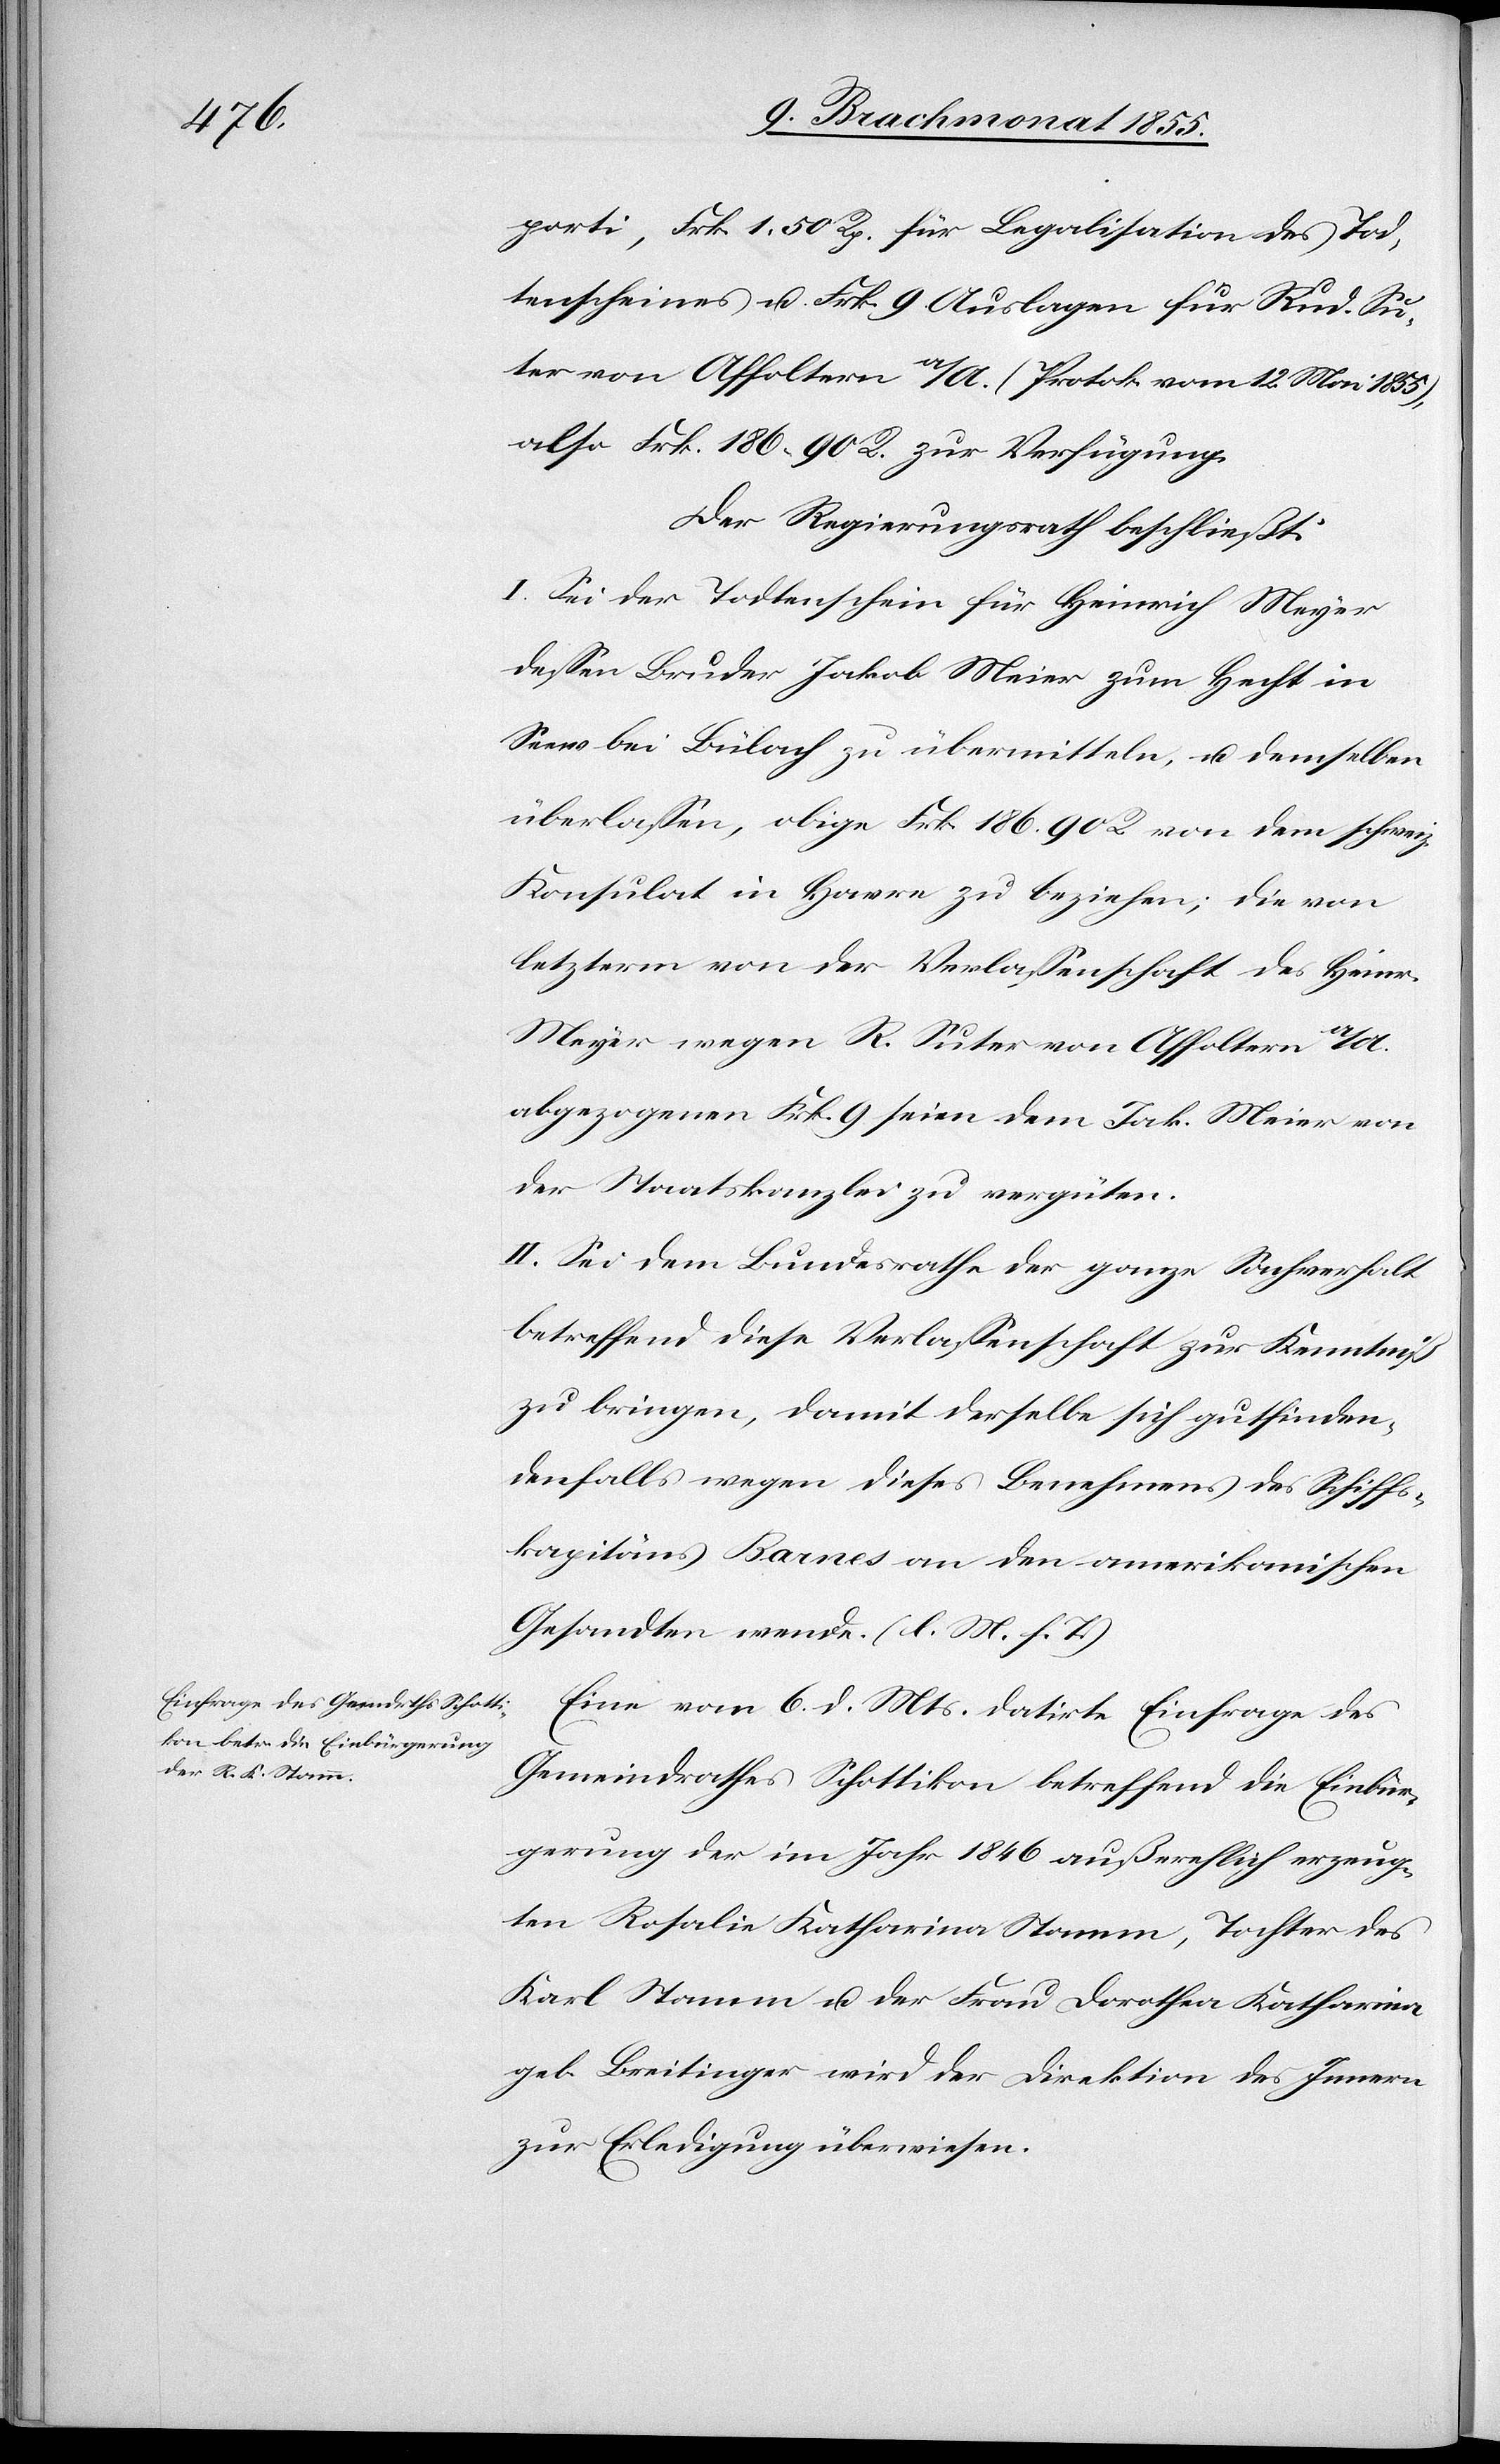
porti, Frk. 1. 50 Rp. für Legalisation des Tod¬
tenscheines u. Frk. 9 Auslagen für Rud. Su¬
ter von Affoltern a/A. (Protok. vom 12. Mai 1855),
also Frk. 186 90 R. zur Verfügung.
Der Regierungsrath beschließt:
I. Sei der Todtenschein für Heinrich Meyer
dessen Bruder Jakob Meier zum Hecht in
Seew bei Bülach zu übermitteln, u. demselben
überlassen, obige Frk. 186. 90 R. von dem schweiz.
Konsulat in Havre zu beziehen; die von
letzterm von der Verlassenschaft des Heinr.
Meyer wegen R. Suter von Affoltern a/A.
abgezogenen Frk. 9 seien dem Jak. Meier von
der Staatskanzlei zu vergüten.
II. Sei dem Bundesrathe der ganze Sachverhalt
betreffend diese Verlassenschaft zur Kenntniß
zu bringen, damit derselbe sich gutfinden¬
denfalls wegen dieses Benehmens des Schiffs¬
kapitäns Barnes an den amerikanischen
Gesandten wende. (l. M. h. T.)
Eine vom 6. d. Mts. datirte Einfrage des
Gemeindrathes Schottikon betreffend die Einbür¬
gerung der im Jahr 1846 außerehlich erzeug¬
ten Rosalie Katharina Stamm, Tochter des
Karl Stamm u. der Frau Dorothea Katharina
geb. Breitinger wird der Direktion des Innern
zur Erledigung überwiesen.